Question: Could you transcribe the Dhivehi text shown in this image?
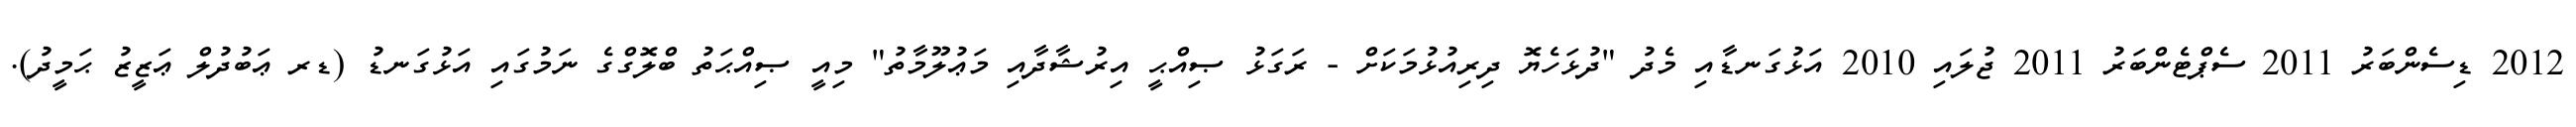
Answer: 2012 ޑިސެންބަރު 2011 ސެޕްޓެންބަރު 2011 ޖުލައި 2010 އަޅުގަނޑާއި މެދު "ދުޅަހެޔޮ ދިރިއުޅުމަކަށް - ރަގަޅު ޞިއްޙީ އިރުޝާދާއި މަޢުލޫމާތު" މިއީ ޞިއްޙަތު ބްލޮގްގެ ނަމުގައި އަޅުގަނޑު (ޑރ ޢަބުދުލް ޢަޒީޒު ޙަމީދު).